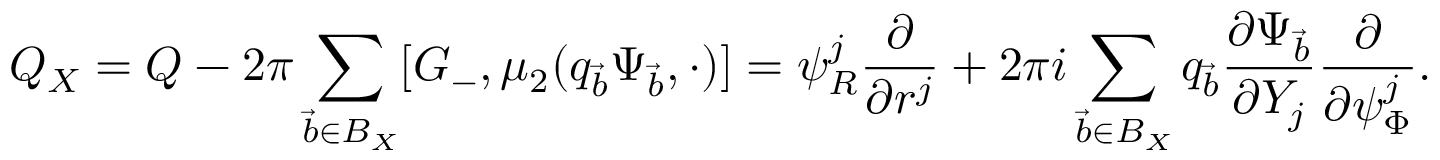
Q _ { X } = Q - 2 \pi \sum _ { \vec { b } \in B _ { X } } [ G _ { - } , \mu _ { 2 } ( q _ { \vec { b } } \Psi _ { \vec { b } } , \cdot ) ] = \psi _ { R } ^ { j } \frac { \partial } { \partial r ^ { j } } + 2 \pi i \sum _ { \vec { b } \in B _ { X } } q _ { \vec { b } } \frac { \partial \Psi _ { \vec { b } } } { \partial Y _ { j } } \frac { \partial } { \partial \psi _ { \Phi } ^ { j } } .